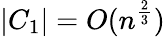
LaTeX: |C_{1}|=O(n^{\frac{2}{3}})